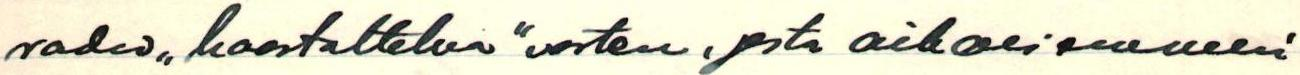
radio ,,haastattelua" varten, josta aikaisemmin